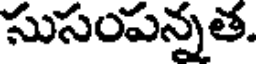
సుసంపన్నత.